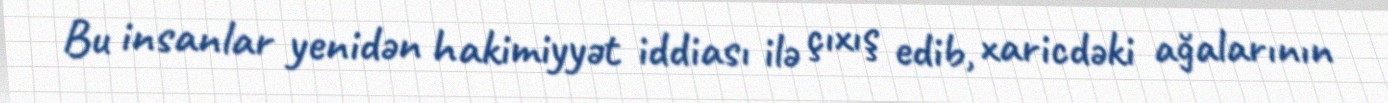
Bu insanlar yenidən hakimiyyət iddiası ilə çıxış edib, xaricdəki ağalarının